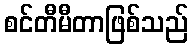
စင်တီမီတာဖြစ်သည်